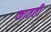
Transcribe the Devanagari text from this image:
कातती